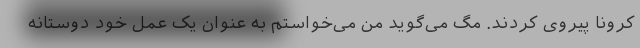
کرونا پیروی کردند. مگ می‌گوید من می‌خواستم به عنوان یک عمل خود دوستانه